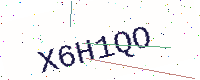
Text: X6H1QO